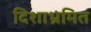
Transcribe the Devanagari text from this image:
दिशाभ्रमित